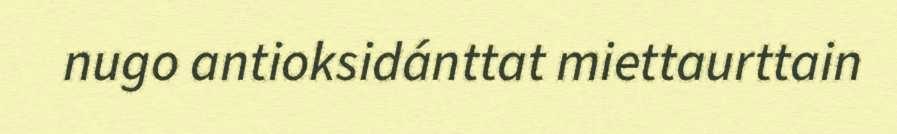
nugo antioksidánttat miettaurttain